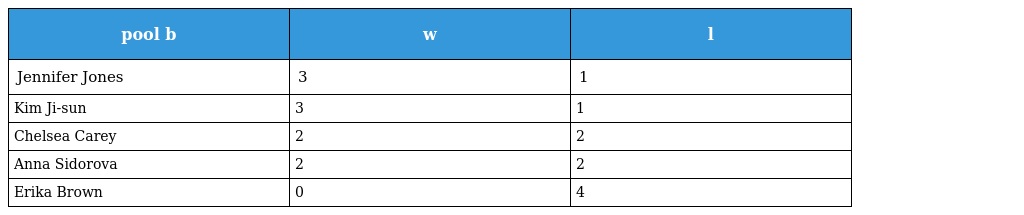
| pool b | w | l |
 | --- | --- | --- |
 | Jennifer Jones | 3 | 1 |
 | Kim Ji-sun | 3 | 1 |
 | Chelsea Carey | 2 | 2 |
 | Anna Sidorova | 2 | 2 |
 | Erika Brown | 0 | 4 |